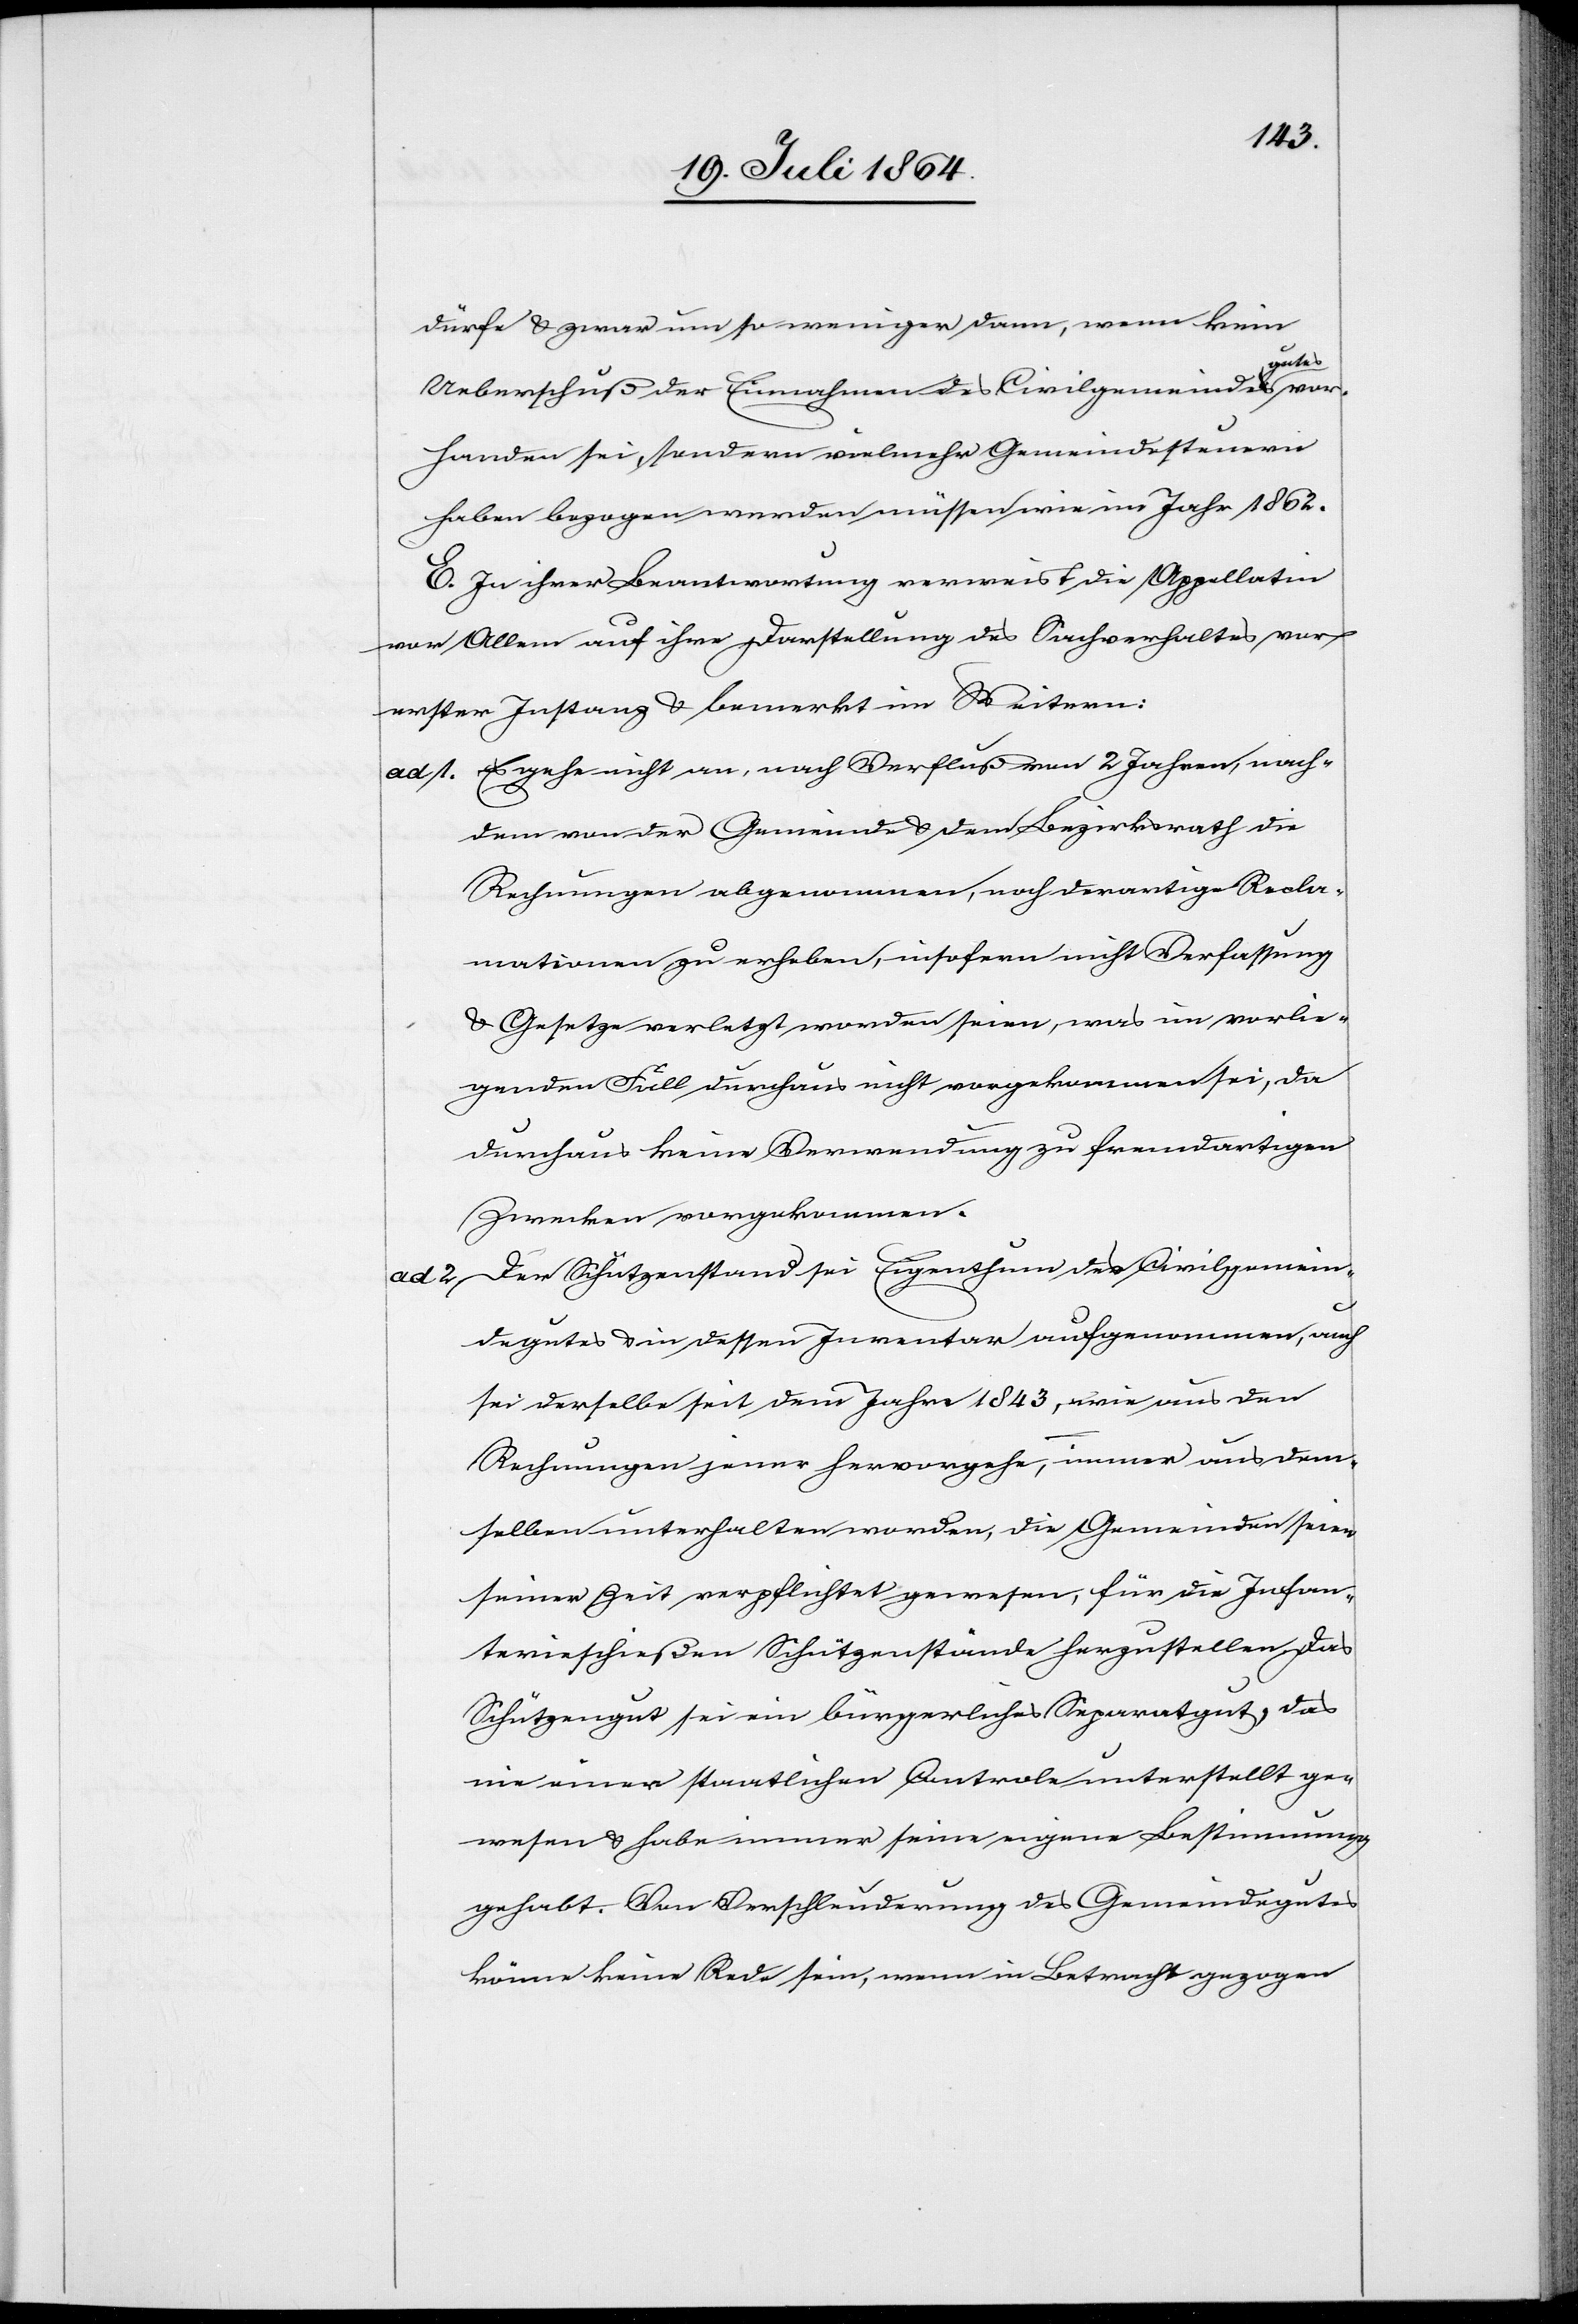
dürfe u. zwar um so weniger dann, wenn kein
Ueberschuß der Einnahmen des Civilgemeindegutes vor¬
handen sei, sondern vielmehr Gemeindesteuern
haben bezogen werden müssen wie im Jahr 1862.
E. In ihrer Beantwortung verweist die Appellatin
vor Allem auf ihre Darstellung des Sachverhaltes vor
erster Instanz u. bemerkt im Weitern:
ad 1. Es gehe nicht an, nach Verfluß von 2 Jahren, nach¬
dem von der Gemeinde u. dem Bezirksrath die
Rechnungen abgenommen, noch derartige Recla¬
mationen zu erheben, insofern nicht Verfassung
u. Gesetze verletzt worden seien, was im vorlie¬
genden Fall durchaus nicht vorgekommen sei, da
durchaus keine Verwendung zu fremdartigen
Zwecken vorgekommen.
Der Schützenstand sei Eigenthum des Civilgemein¬
degutes u. in dessen Inventar aufgenommen, auch
sei derselbe seit dem Jahre 1843, wie aus den
Rechnungen jener hervorgehe, immer aus dem¬
selben unterhalten worden, die Gemeinden seien
seiner Zeit verpflichtet gewesen, für die Infan¬
terieschießen Schützenstände herzustellen. Das
Schützengut sei ein bürgerliches Separatgut, das
nie einer staatlichen Controle unterstellt ge¬
wesen u. habe immer seine eigene Bestimmung
gehabt. Von Verschleuderung des Gemeindegutes
könne keine Rede sein, wenn in Betracht gezogen